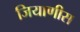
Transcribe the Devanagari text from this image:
जियाणीस